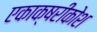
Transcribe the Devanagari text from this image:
एकाक्षरीकोश